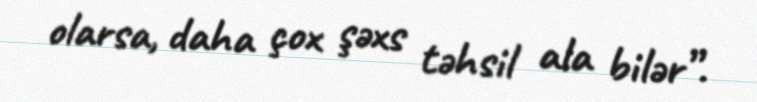
olarsa, daha çox şəxs təhsil ala bilər”.